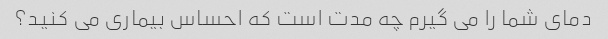
دمای شما را می گیرم چه مدت است که احساس بیماری می کنید؟